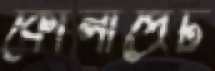
কোলাপ্রেট